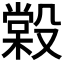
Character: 𣪿